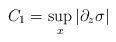
LaTeX: \begin{align*} C_1 = \sup_{x}|\partial_z \sigma| \,\end{align*}